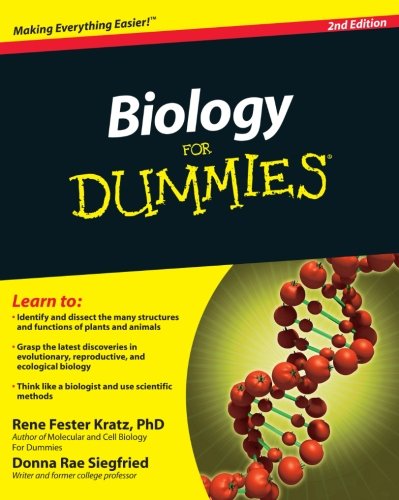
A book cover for Biology for Dummies; RenÃ© Fester Kratz; Science & Math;